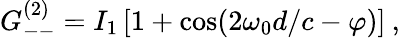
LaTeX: G_{--}^{(2)}=I_{1}\left[1+\cos(2\omega_{0}d/c-\varphi)\right]\: ,